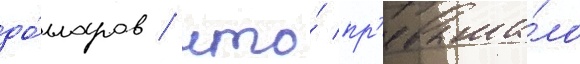
до́лларов / что́ пр'евыша́ло